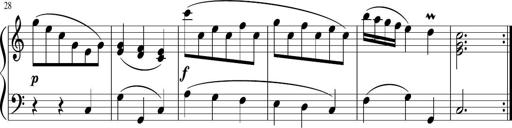
Title: 12 Keyboard Sonatinas
Composer: James Hook